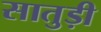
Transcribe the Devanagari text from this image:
सातुड़ी